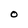
Character: O